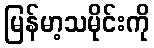
မြန်မာ့သမိုင်းကို